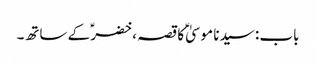
باب : سیدنا موسیٰؑ کا قصہ ، خضرؑ کے ساتھ۔